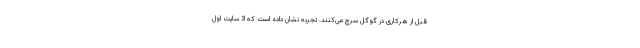
قبل از هرکاری در گوگل سرچ می‌کنند. تجربه نشان داده است که 3 سایت اول